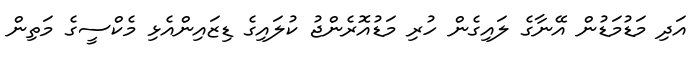
އަދި މަޑުމަޑުން އޭނާގެ ލައިގެން ހުރި މަޑުއޮރެންޖު ކުލައިގެ ޑިޒައިންއެޅި މެކްސީގެ މަތިން